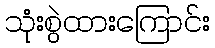
သုံးစွဲထားကြောင်း